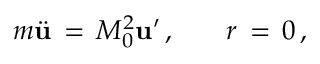
m \ddot { \bf u } \, = \, M _ { 0 } ^ { 2 } { \bf u } ^ { \prime } \, { , } \qquad r \, = \, 0 \, { , }